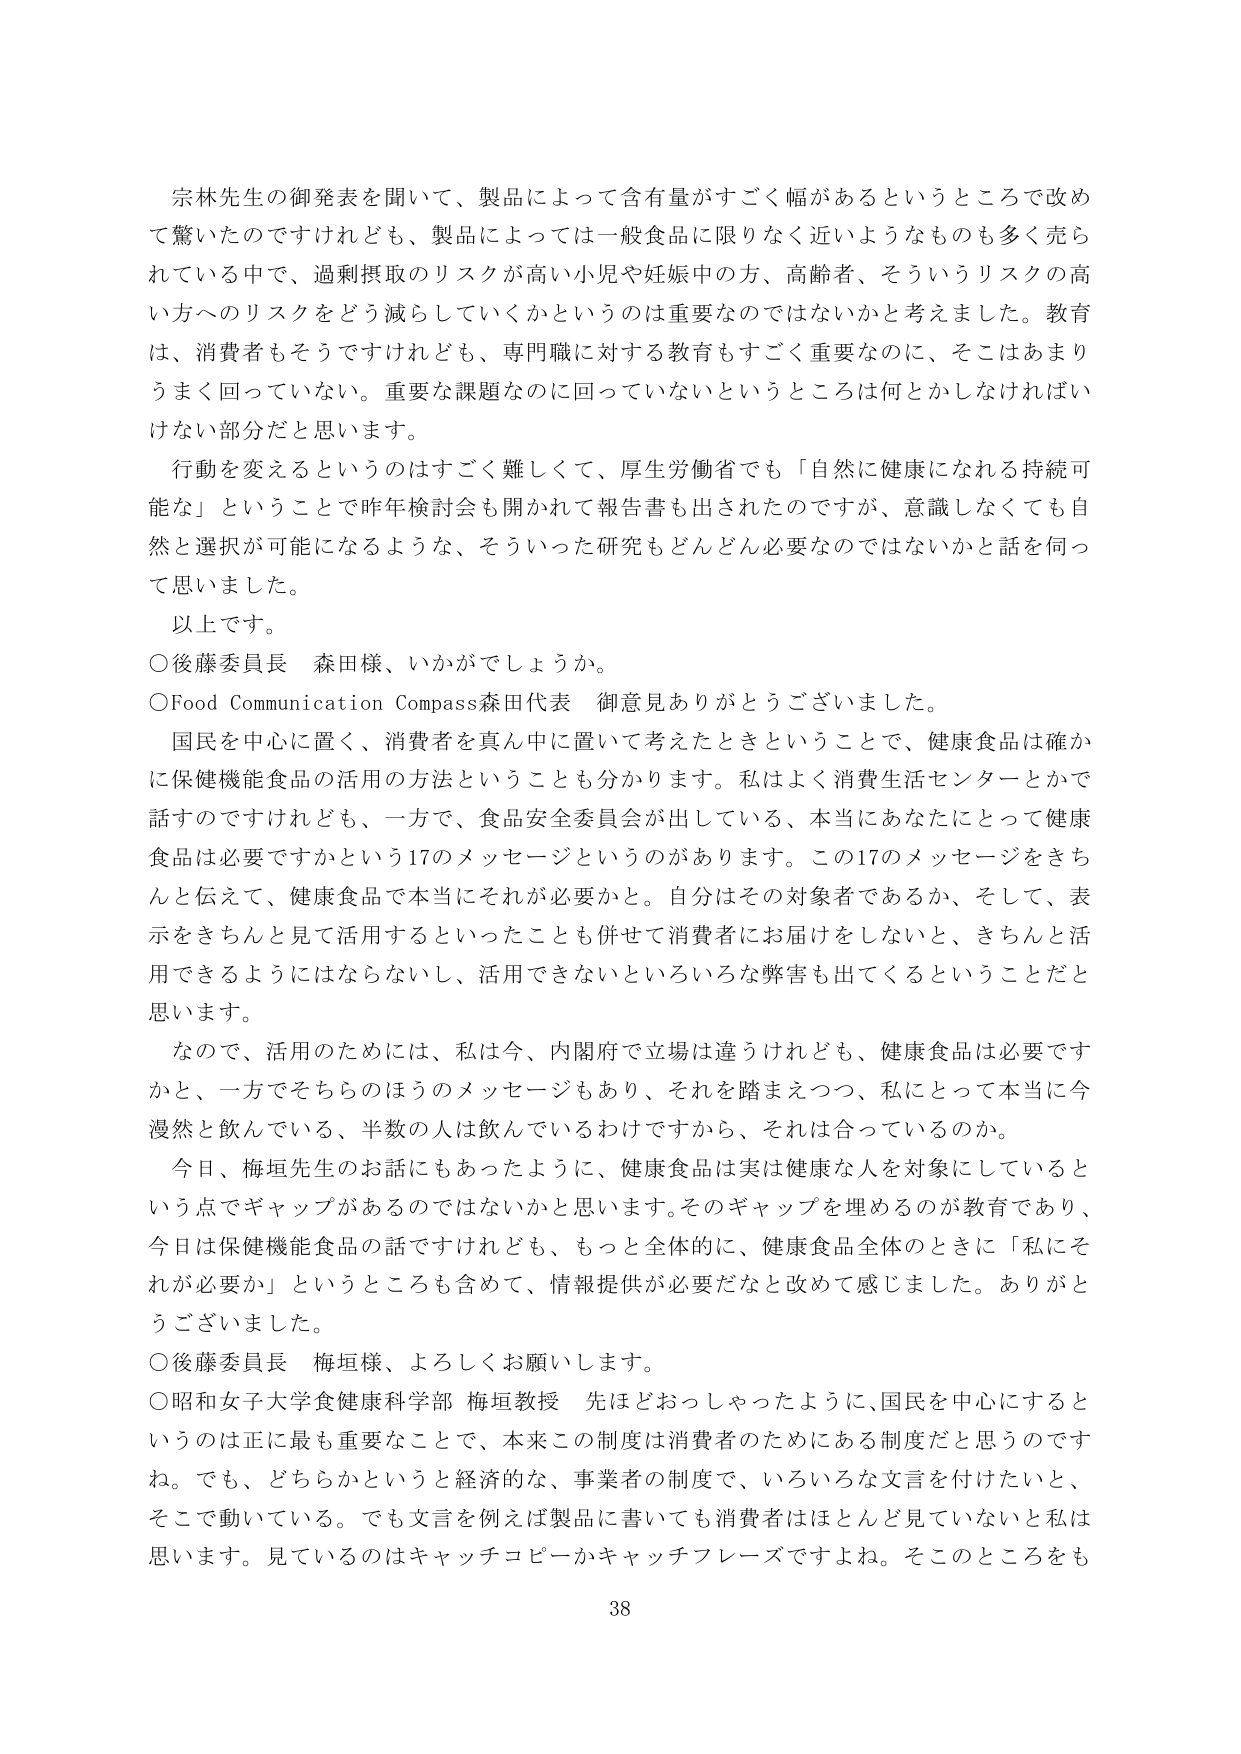
宗林先生の御発表を聞いて、製品によって含有量がすごく幅があるというところで改めて驚いたのですけれども、製品によっては一般食品に限りなく近いようなものも多く売られている中で、過剰摂取のリスクが高い小児や妊娠中の方、高齢者、そういうリスクの高い方へのリスクをどう減らしていくかというのは重要なのではないかと考えました。教育は、消費者もそうですけれども、専門職に対する教育もすごく重要なのに、そこはあまりうまく回っていない。重要な課題なのに回っていないというところは何とかしなければいけない部分だと思います。

行動を変えるというのはすごく難しくて、厚生労働省でも「自然に健康になれる持続可能なもの」ということで昨年検討会も開かれて報告書も出されたのですが、意識しなくても自然と選択が可能になるような、そういった研究もどんどん必要なのではないかと話を伺って思いました。

以上です。

○後藤委員長　森田様、いかがでしょうか。

○Food Communication Compass森田代表　御意見ありがとうございました。

国民を中心に置く、消費者を真ん中に置いて考えたときということで、健康食品は確かに保健機能食品の活用の方法ということも分かります。私はよく消費生活センターとかで話すのですけれども、一方で、食品安全委員会が出している、本当にあなたにとって健康食品は必要ですかという17のメッセージというのがあります。この17のメッセージをきちんと伝えて、健康食品で本当にそれが必要かと。自分はその対象者であるか、そして、表示をきちんと見て活用するといったことも併せて消費者にお届けをしないと、きちんと活用できるようにはならないし、活用できないといろいろな弊害も出てくるということだと思います。

なので、活用のためには、私は今、内閣府で立場は違うけれども、健康食品は必要ですかと、一方でそれらのほうのメッセージもあり、それを踏まえつつ、私にとって本当に今漫然と飲んでいる、半数の人は飲んでいるわけですから、それは合っているのか。

今日、梅垣先生のお話にもあったように、健康食品は実は健康な人を対象にしているという点でギャップがあるのではないでしょうかと思います。そのギャップを埋めるのが教育であり、今日は保健機能食品の話ですけれども、もっと全体的に、健康食品全体のときに「私にそれが必要か」というところも含めて、情報提供が必要だなと改めて感じました。ありがとうございました。

○後藤委員長　梅垣様、よろしくお願いします。

○昭和女子大学食健康科学部 梅垣教授　先ほどおっしゃったように、国民を中心にするというのは正に最も重要なことで、本来この制度は消費者のためにある制度だと思うのですね。でも、どちらかというと経済的な、事業者の制度で、いろいろな文言を付けたいと、そこで動いている。でも文言を例えば製品に書いても消費者はほとんど見ていないと私は思います。見ているのはキャッチコピーかキャッチフレーズですよね。そこのところをも

38